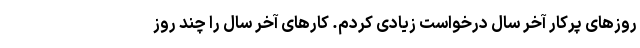
روزهای پرکار آخر سال درخواست زیادی کردم. کارهای آخر سال را چند روز